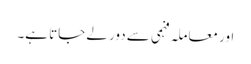
اور معاملہ فہمی سے دور لے جاتا ہے۔